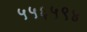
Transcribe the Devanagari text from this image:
५५६५९४